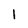
Character: l